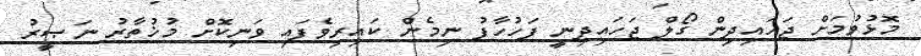
މޮޅުވުމަށް ޖަހައިދިން ގޯލް ޖަހައިދިނީ ފަހުހާފު ނިމެން ކައިރިވެފައި ވަނިކޮށް މުޚުތާރު ނަޞީރު